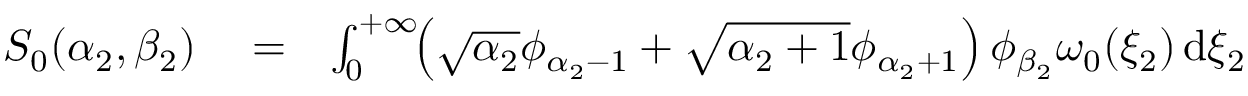
\begin{array} { r l r } { S _ { 0 } ( \alpha _ { 2 } , \beta _ { 2 } ) } & { { } = } & { \int _ { 0 } ^ { + \infty } \! \! \left( \sqrt { \alpha _ { 2 } } \phi _ { \alpha _ { 2 } - 1 } + \sqrt { \alpha _ { 2 } + 1 } \phi _ { \alpha _ { 2 } + 1 } \right) \phi _ { \beta _ { 2 } } \omega _ { 0 } ( \xi _ { 2 } ) \, \mathrm { d } \xi _ { 2 } } \end{array}